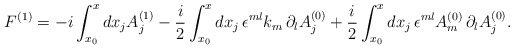
\begin{align*}F^{(1)} = - i \int_{x_0}^x dx_j A^{(1)}_j - \frac{i}{2} \int_{x_0}^x dx_j\, \epsilon^{ml} k_m \,\partial_l A^{(0)}_j + \frac{i}{2} \int_{x_0}^x dx_j\, \epsilon^{ml} A^{(0)}_m \,\partial_l A^{(0)}_j. \end{align*}